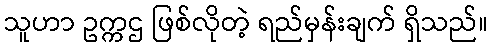
သူဟာ ဥက္ကဌ ဖြစ်လိုတဲ့ ရည်မှန်းချက် ရှိသည်။